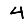
Digit: 4